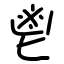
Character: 鬯